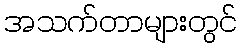
အသက်တာများတွင်